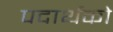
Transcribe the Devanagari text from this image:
पदार्थको